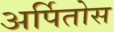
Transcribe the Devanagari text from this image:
अर्पितोस